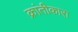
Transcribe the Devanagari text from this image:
क्रांतीकारा